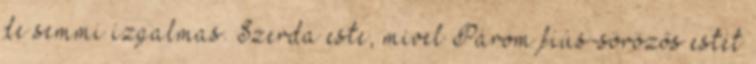
de semmi izgalmas. Szerda este, mivel Párom fiús-sörözős estét